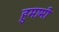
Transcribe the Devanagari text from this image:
हुमामी